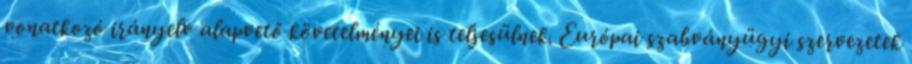
vonatkozó irányelv alapvető követelményei is teljesülnek. Európai szabványügyi szervezetek